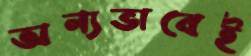
অন্যভাবেই